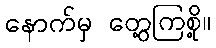
နောက်မှ တွေ့ကြစို့။